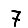
Digit: 7